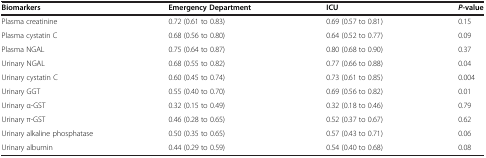
| Biomarkers | Emergency Department | ICU | P-value |
 | --- | --- | --- | --- |
 | Plasma creatinine | 0.72 (0.61 to 0.83) | 0.69 (0.57 to 0.81) | 0.15 |
 | Plasma cystatin C | 0.68 (0.56 to 0.80) | 0.64 (0.52 to 0.77) | 0.09 |
 | Plasma NGAL | 0.75 (0.64 to 0.87) | 0.80 (0.68 to 0.90) | 0.37 |
 | Urinary NGAL | 0.68 (0.55 to 0.82) | 0.77 (0.66 to 0.88) | 0.04 |
 | Urinary cystatin C | 0.60 (0.45 to 0.74) | 0.73 (0.61 to 0.85) | 0.004 |
 | Urinary GGT | 0.55 (0.40 to 0.70) | 0.69 (0.56 to 0.82) | 0.01 |
 | Urinary α-GST | 0.32 (0.15 to 0.49) | 0.32 (0.18 to 0.46) | 0.79 |
 | Urinary π-GST | 0.46 (0.28 to 0.65) | 0.52 (0.37 to 0.67) | 0.62 |
 | Urinary alkaline phosphatase | 0.50 (0.35 to 0.65) | 0.57 (0.43 to 0.71) | 0.06 |
 | Urinary albumin | 0.44 (0.29 to 0.59) | 0.54 (0.40 to 0.68) | 0.08 |